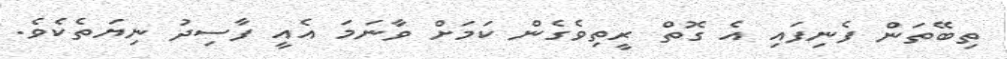
ތިބޭތަން ފެނިފައި އެ ގޮތް ރީތިވެގެން ކަމަށް ވާނަމަ އެއީ ފާސިދު ނިޔަތެކެވެ.